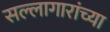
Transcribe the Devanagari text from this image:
सल्लागारांच्या